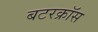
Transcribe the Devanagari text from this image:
बटरक्रॉस